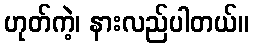
ဟုတ်ကဲ့၊ နားလည်ပါတယ်။